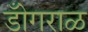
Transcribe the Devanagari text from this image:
डोँगराळ